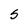
Character: 5